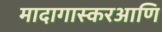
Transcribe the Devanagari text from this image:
मादागास्करआणि